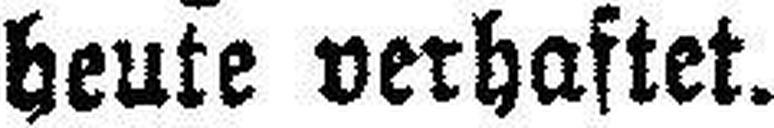
heute verhaftet.